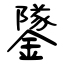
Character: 鐆